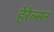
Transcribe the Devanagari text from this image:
हेरेल्सन